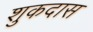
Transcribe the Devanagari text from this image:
शुकदास